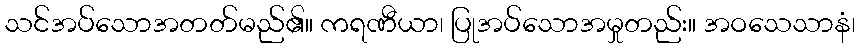
သင်အပ်သောအတတ်မည်၏။ ကရဏီယာ၊ ပြုအပ်သောအမှုတည်း။ အဝသေသာနံ၊